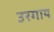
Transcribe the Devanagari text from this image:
उरगाय